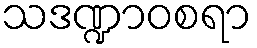
သဒဏ္ဍာဝစရာ